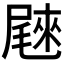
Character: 𰎄